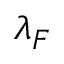
\lambda _ { F }